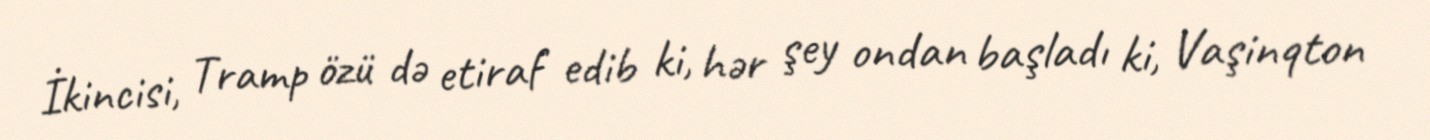
İkincisi, Tramp özü də etiraf edib ki, hər şey ondan başladı ki, Vaşinqton